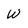
Character: w